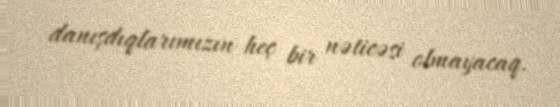
danışdıqlarımızın heç bir nəticəsi olmayacaq.